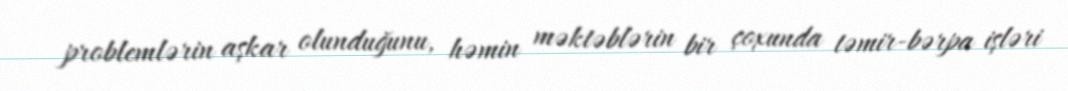
problemlərin aşkar olunduğunu, həmin məktəblərin bir çoxunda təmir-bərpa işləri